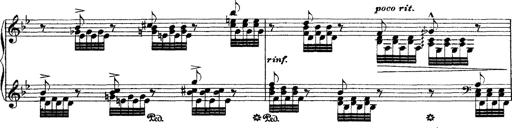
Title: Grandes Ã©tudes de Paganini
Composer: Franz Liszt